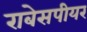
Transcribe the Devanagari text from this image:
राबेसपीयर